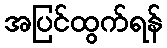
အပြင်ထွက်ရန်